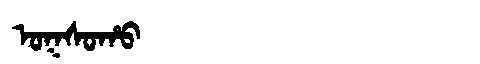
Manchu: ᠣᡴᠰᠣᡥᠣ
Romanization: OKSOHO